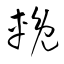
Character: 輓